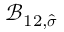
\mathcal { B } _ { 1 2 , \widehat { \boldsymbol { \sigma } } }